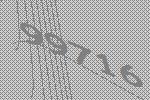
99716